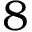
8